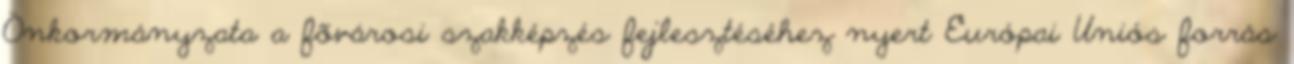
Önkormányzata a fõvárosi szakképzés fejlesztéséhez nyert Európai Uniós forrás